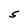
Character: S